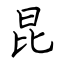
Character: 昆